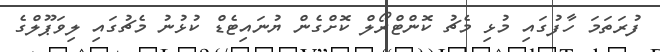
ފުރަތަމަ ހާފުގައި މުޅި މެޗު ކޮންޓްރޯލް ކޮށްގެން ޔުނައިޓެޑް ކުޅުނު މެޗުގައި ލިވަޕޫލްގެ